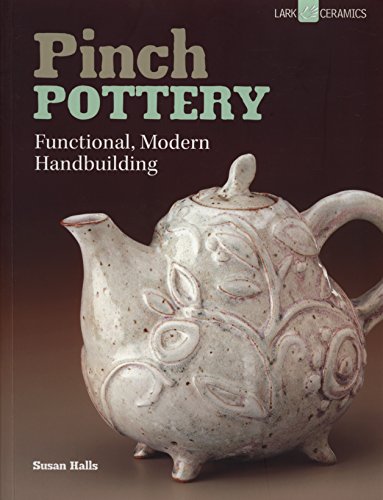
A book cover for Pinch Pottery: Functional, Modern Handbuilding; Susan Halls; Crafts, Hobbies & Home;